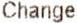
CHANGE